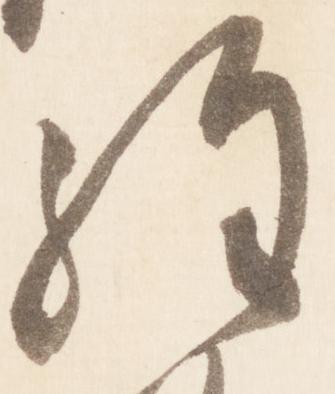
経